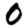
Digit: 0